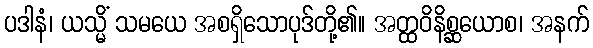
ပဒါနံ၊ ယသ္မိံ သမယေ အစရှိသောပုဒ်တို့၏။ အတ္ထဝိနိစ္ဆယောစ၊ အနက်